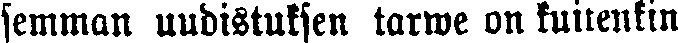
semman uudistuksen tarwe on kuitenkin